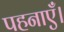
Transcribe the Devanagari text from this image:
पहनाएँ।